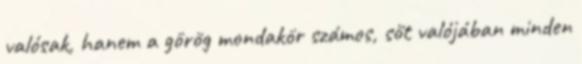
valósak, hanem a görög mondakör számos, sőt valójában minden